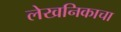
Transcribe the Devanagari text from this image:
लेखनिकाचा